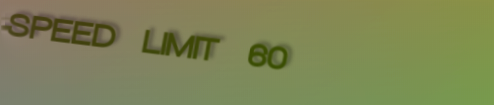
SPEED LIMIT 60